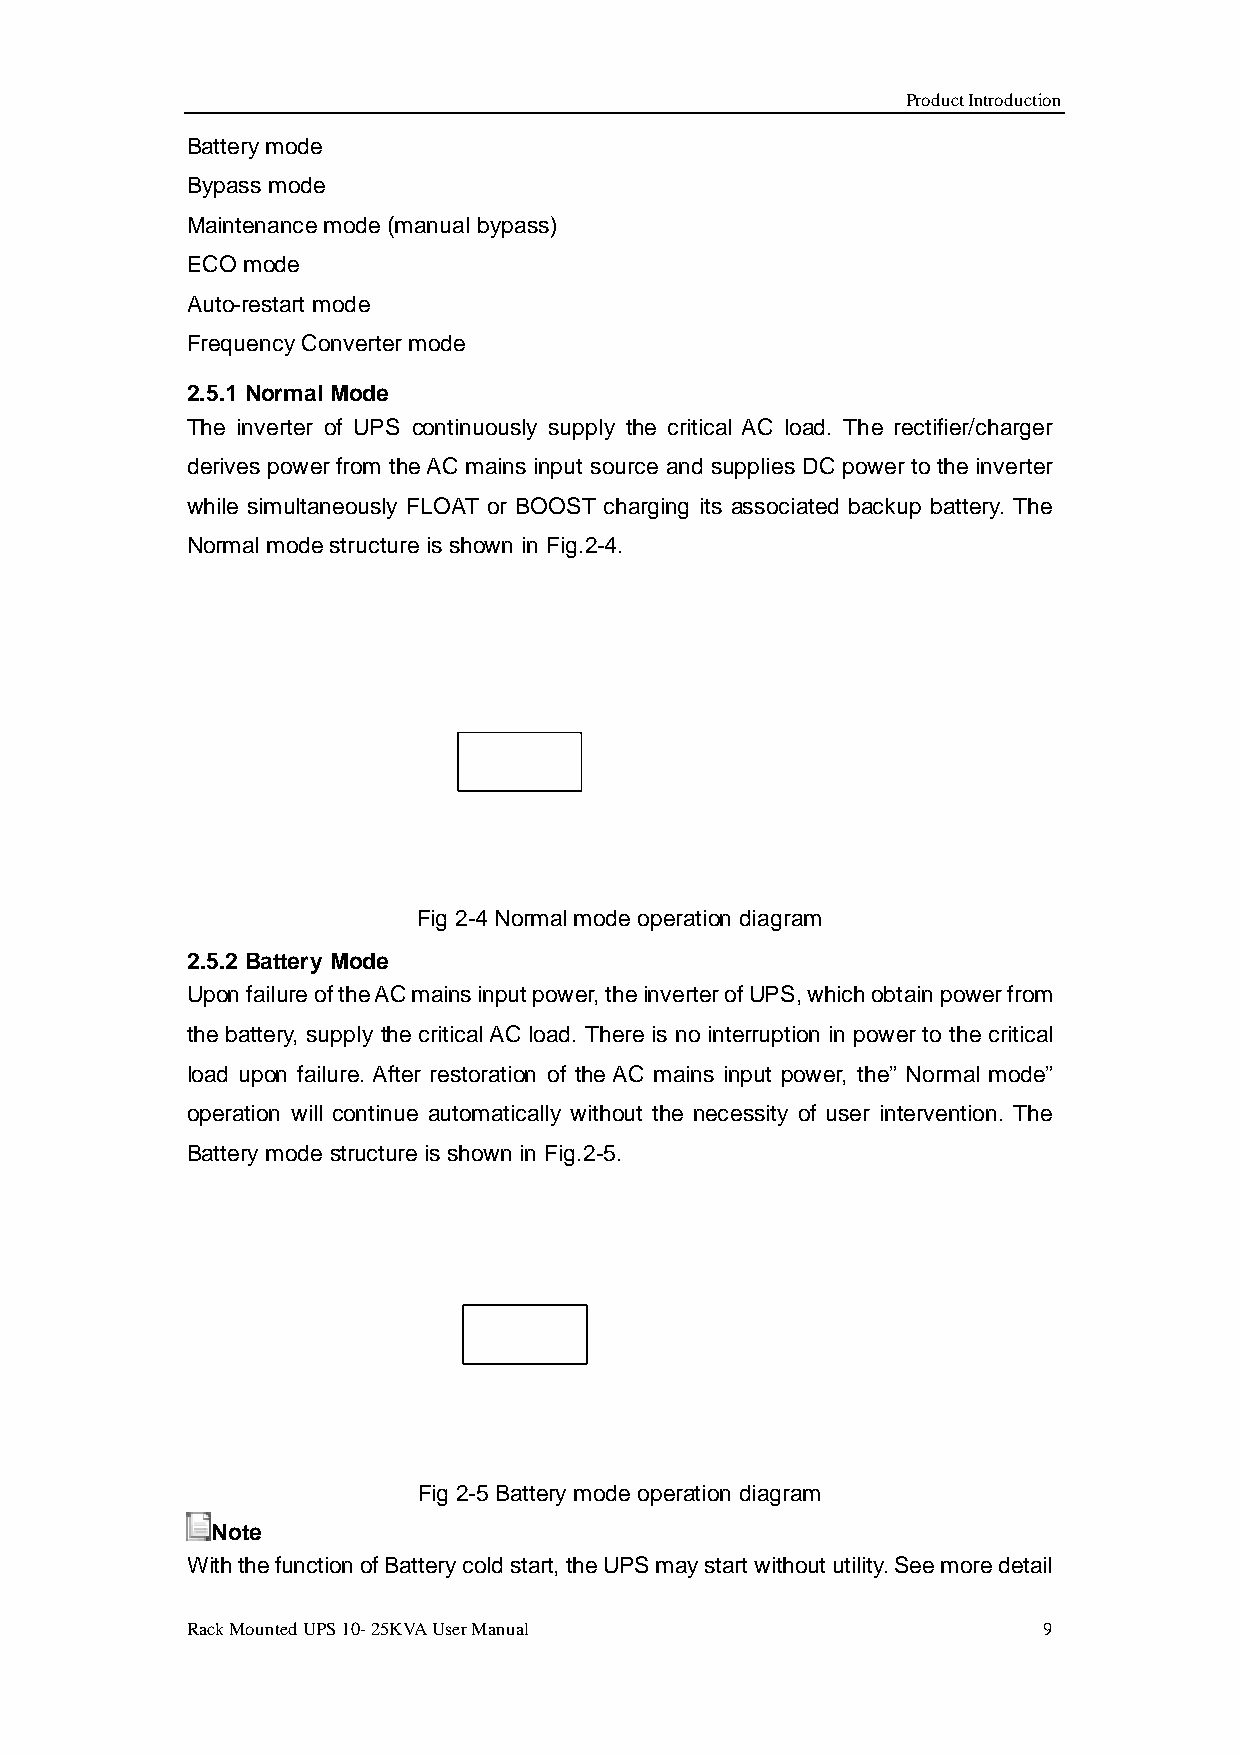
Product Introduction
 Battery mode
 Bypass mode
 Maintenance mode (manual bypass)
 ECO mode
 Auto-restart mode
 Frequency Converter mode
 2.5.1 Normal Mode
 The inverter of UPS continuously supply the critical AC load. The rectifier/charger
 derives power from the AC mains input source and supplies DC power to the inverter
 while simultaneously FLOAT or BOOST charging its associated backup battery. The
 Normal mode structure is shown in Fig.2-4.
 Fig 2-4 Normal mode operation diagram
 2.5.2 Battery Mode
 Upon failure of the AC mains input power, the inverter of UPS, which obtain power from
 the battery, supply the critical AC load. There is no interruption in power to the critical
 load upon failure. After restoration of the AC mains input power, the” Normal mode”
 operation will continue automatically without the necessity of user intervention. The
 Battery mode structure is shown in Fig.2-5.
 Fig 2-5 Battery mode operation diagram
 Note
 With the function of Battery cold start, the UPS may start without utility. See more detail
 Rack Mounted UPS 10- 25KVA User Manual                   9